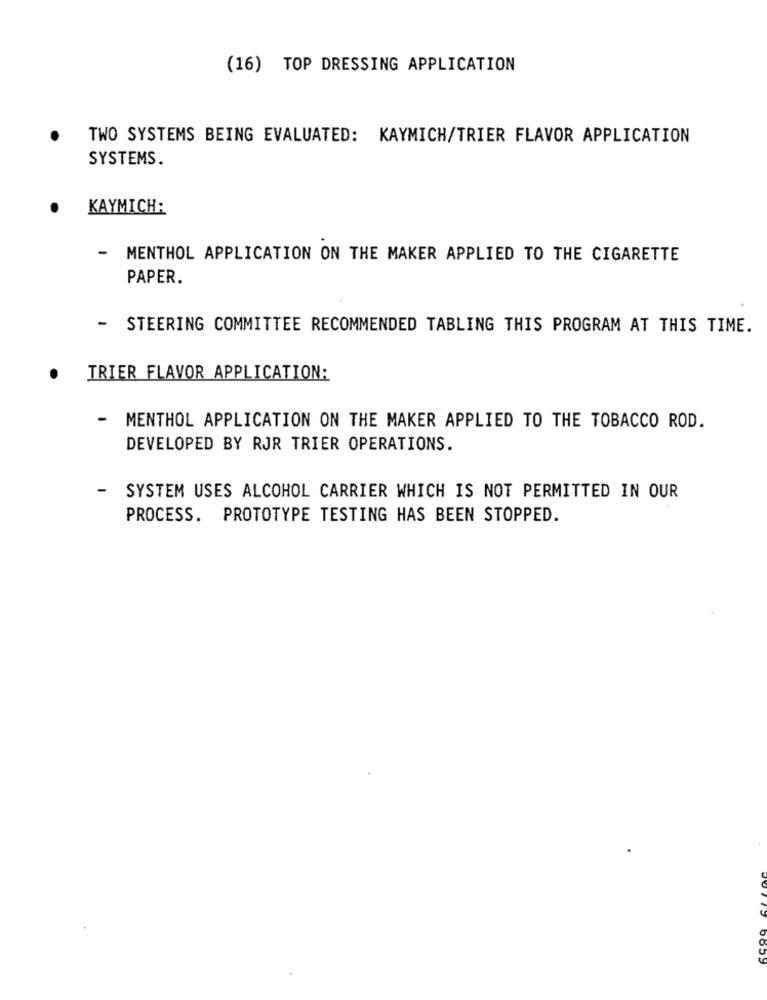
(16) TOP DRESSING APPLICATION
TWO SYSTEMS BEING EVALUATED: KAYMICH/TRIER FLAVOR APPLICATION
SYSTEMS.
.
KAYMICH:
- MENTHOL APPLICATION ON THE MAKER APPLIED TO THE CIGARETTE
PAPER.
- STEERING COMMITTEE RECOMMENDED TABLING THIS PROGRAM AT THIS TIME.
TRIER FLAVOR APPLICATION:
- MENTHOL APPLICATION ON THE MAKER APPLIED TO THE TOBACCO ROD.
DEVELOPED BY RJR TRIER OPERATIONS.
-
SYSTEM USES ALCOHOL CARRIER WHICH IS NOT PERMITTED IN OUR
PROCESS. PROTOTYPE TESTING HAS BEEN STOPPED.